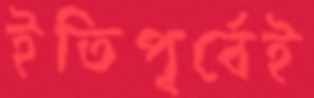
ইতিপূর্বেই